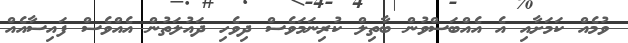
ވުމެއް ކަމަށާއި އެ އެއްބަސްވުން ބާތިލް ކުރިނަމަވެސް ދިވެހި ދައުލަތުން އެއްވެސް ފައިސާއެއް